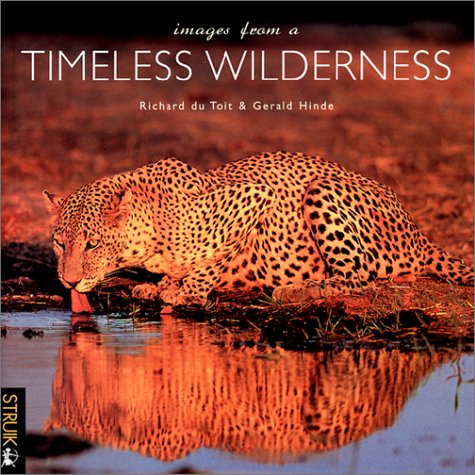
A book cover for Images from a Timeless Wilderness; Travel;